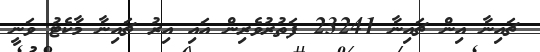
ޗައިނާ އިން ޗައިނާ 23241 ފަތުރުވެރިން އައި އިރު ޗައިނާ މާކެޓު ވަނީ